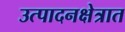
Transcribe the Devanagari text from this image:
उत्पादनक्षेत्रात